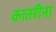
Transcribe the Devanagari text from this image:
कातरीना